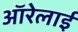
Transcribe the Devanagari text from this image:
ऑरेलाई